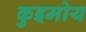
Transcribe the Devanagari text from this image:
कुइमोय